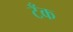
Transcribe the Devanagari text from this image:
टॅँक